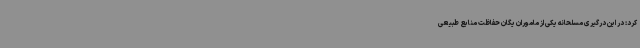
کرد: در این درگیری مسلحانه یکی از ماموران یگان حفاظت منابع طبیعی